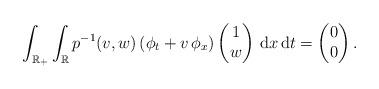
LaTeX: \begin{align*} \int_{{\mathbb{R}}_+}\int_{\mathbb{R}} p^{-1}(v,w) \, (\phi_t + v \, \phi_x) \begin{pmatrix} 1 \\ w\end{pmatrix} \,{\rm{d}} x \,{\rm{d}} t = \begin{pmatrix} 0 \\ 0\end{pmatrix}.\end{align*}